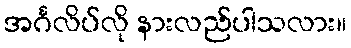
အင်္ဂလိပ်လို နားလည်ပါသလား။